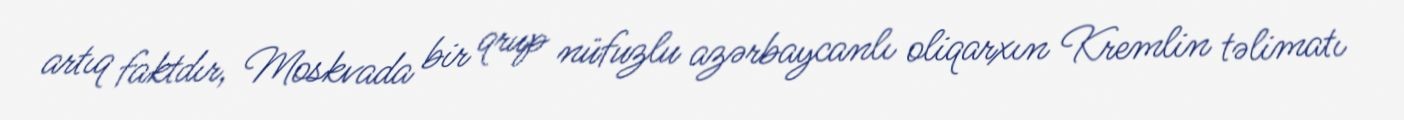
artıq faktdır, Moskvada bir qrup nüfuzlu azərbaycanlı oliqarxın Kremlin təlimatı